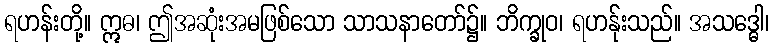
ရဟန်းတို့။ ဣဓ၊ ဤအဆုံးအမဖြစ်သော သာသနာတော်၌။ ဘိက္ခုဝ၊ ရဟန်ုးသည်။ အသဒ္ဓေါ၊